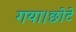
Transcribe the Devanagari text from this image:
गया।छोटे